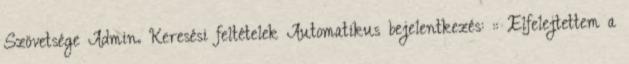
Szövetsége Admin. Keresési feltételek Automatikus bejelentkezés: :: Elfelejtettem a